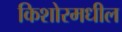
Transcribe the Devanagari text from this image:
किशोरमधील